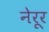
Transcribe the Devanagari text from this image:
नेरूर